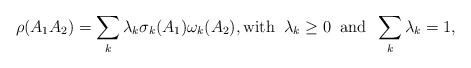
\begin{align*}\rho(A_1A_2)= \sum_k \lambda_k \sigma_k(A_1)\omega_k (A_2), \mathrm{with}\;\; \lambda_k\geq 0\;\; \mathrm{and}\;\;\sum_k\lambda_k=1,\end{align*}